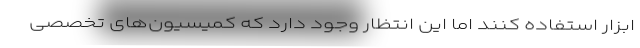
ابزار استفاده کنند اما این انتظار وجود دارد که کمیسیون‌های تخصصی